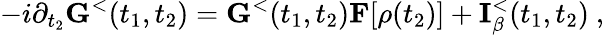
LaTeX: -i\partial_{t_{2}}{\mathbf G}^{<}(t_{1},t_{2})={\mathbf G}^{<}(t_{1},t_{2}){\mathbf F}[\rho(t_{2})]+{\mathbf I}_{\beta}^{<}(t_{1},t_{2})~,